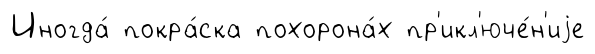
Иногда́ покра́ска похорона́х пр'икл'юче́н'иjе